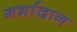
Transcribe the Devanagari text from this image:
गर्भादान